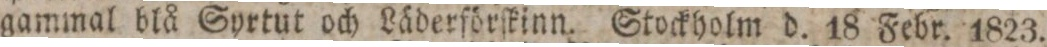
gammal blå Syrtut och Läderförſkinn. Stockholm d. 18 Febr. 1823.